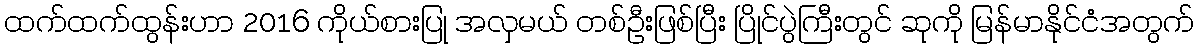
ထက်ထက်ထွန်းဟာ 2016 ကိုယ်စားပြု အလှမယ် တစ်ဦးဖြစ်ပြီး ပြိုင်ပွဲကြီးတွင် ဆုကို မြန်မာနိုင်ငံအတွက်